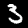
Digit: 3